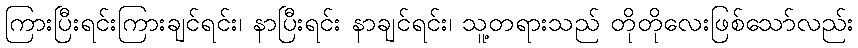
ကြားပြီးရင်းကြားချင်ရင်း၊ နာပြီးရင်း နာချင်ရင်း၊ သူ့တရားသည် တိုတိုလေးဖြစ်သော်လည်း